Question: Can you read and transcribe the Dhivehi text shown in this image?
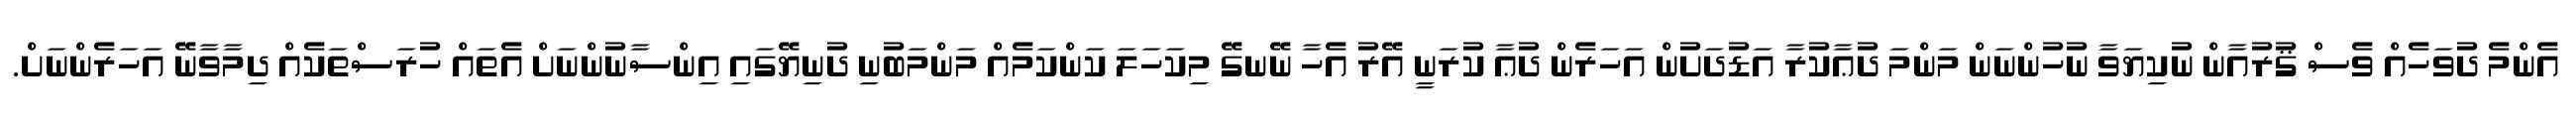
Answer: އެންމެ ދުވަހެއް ވެސް ޤުރުއާން ނުކިޔަވާ ނުހުންނަން މަންމަ ދުޢާކުރާ އަޑުދަށުން އަހަރެން ދުޢާ ކުރަނީ އޭރު އެހާ ނޭނގޭ މިކަހަލަ ކަންކަމެއް މަންމަބުނި ދުނިޔޭގައި އިންސާނުންނަށް އެތައް ހުރަސްތަކެއް ދިމާވާނޭ އަހަރެންނަށް.